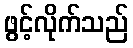
ဖွင့်လိုက်သည်